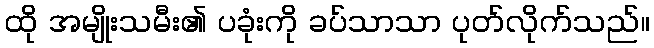
ထို အမျိုးသမီး၏ ပခုံးကို ခပ်သာသာ ပုတ်လိုက်သည်။